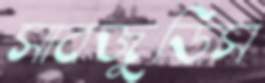
সাবজুডিস